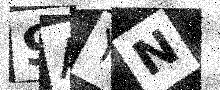
Text: 9AYN